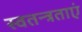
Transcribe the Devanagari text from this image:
स्वतन्त्रताएं